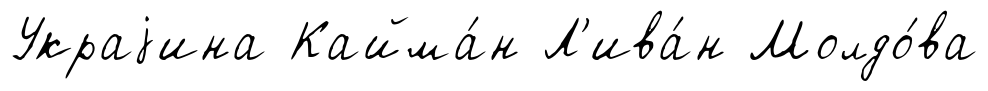
Украjина Кайма́н Л'ива́н Молдо́ва